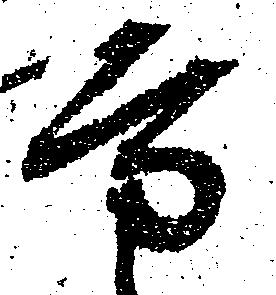
方